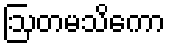
ဩတမသိကော